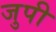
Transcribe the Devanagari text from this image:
जुपी